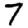
Digit: 7